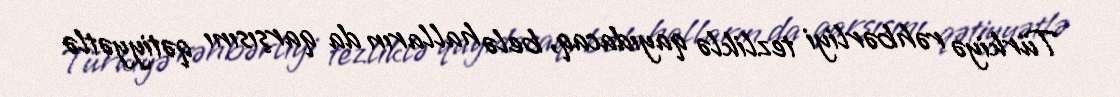
Türkiyə rəhbərliyi tezliklə qayıdacaq, belə halların da qarşısını qətiyyətlə